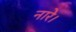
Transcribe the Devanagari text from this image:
नारे।